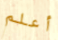
أعلم